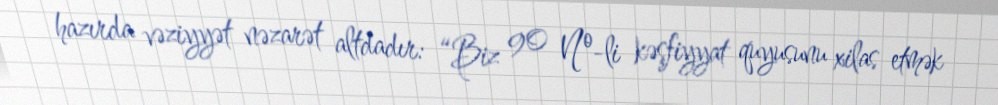
hazırda vəziyyət nəzarət altdadır: “Biz 90 №-li kəşfiyyat quyusunu xilas etmək